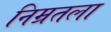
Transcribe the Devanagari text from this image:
निम्रतला